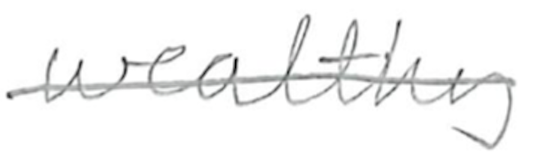
Text: wealthy
Cross-out: mix
Writing tool: pencil